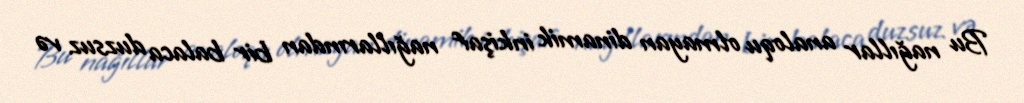
Bu nağıllar analoqu olmayan dinamik inkişaf nağıllarından bir balaca duzsuz və